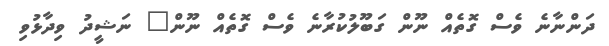
ދަންނާނެ ވެސް ގޮތެއް ނޫން ގަބޫލުކުރާނެ ވެސް ގޮތެއް ނޫން" ނަޝީދު ވިދާޅުވި